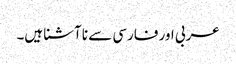
عربی اور فارسی سے نا آشنا ہیں۔